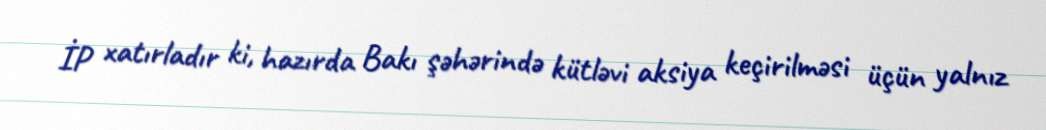
İP xatırladır ki, hazırda Bakı şəhərində kütləvi aksiya keçirilməsi üçün yalnız